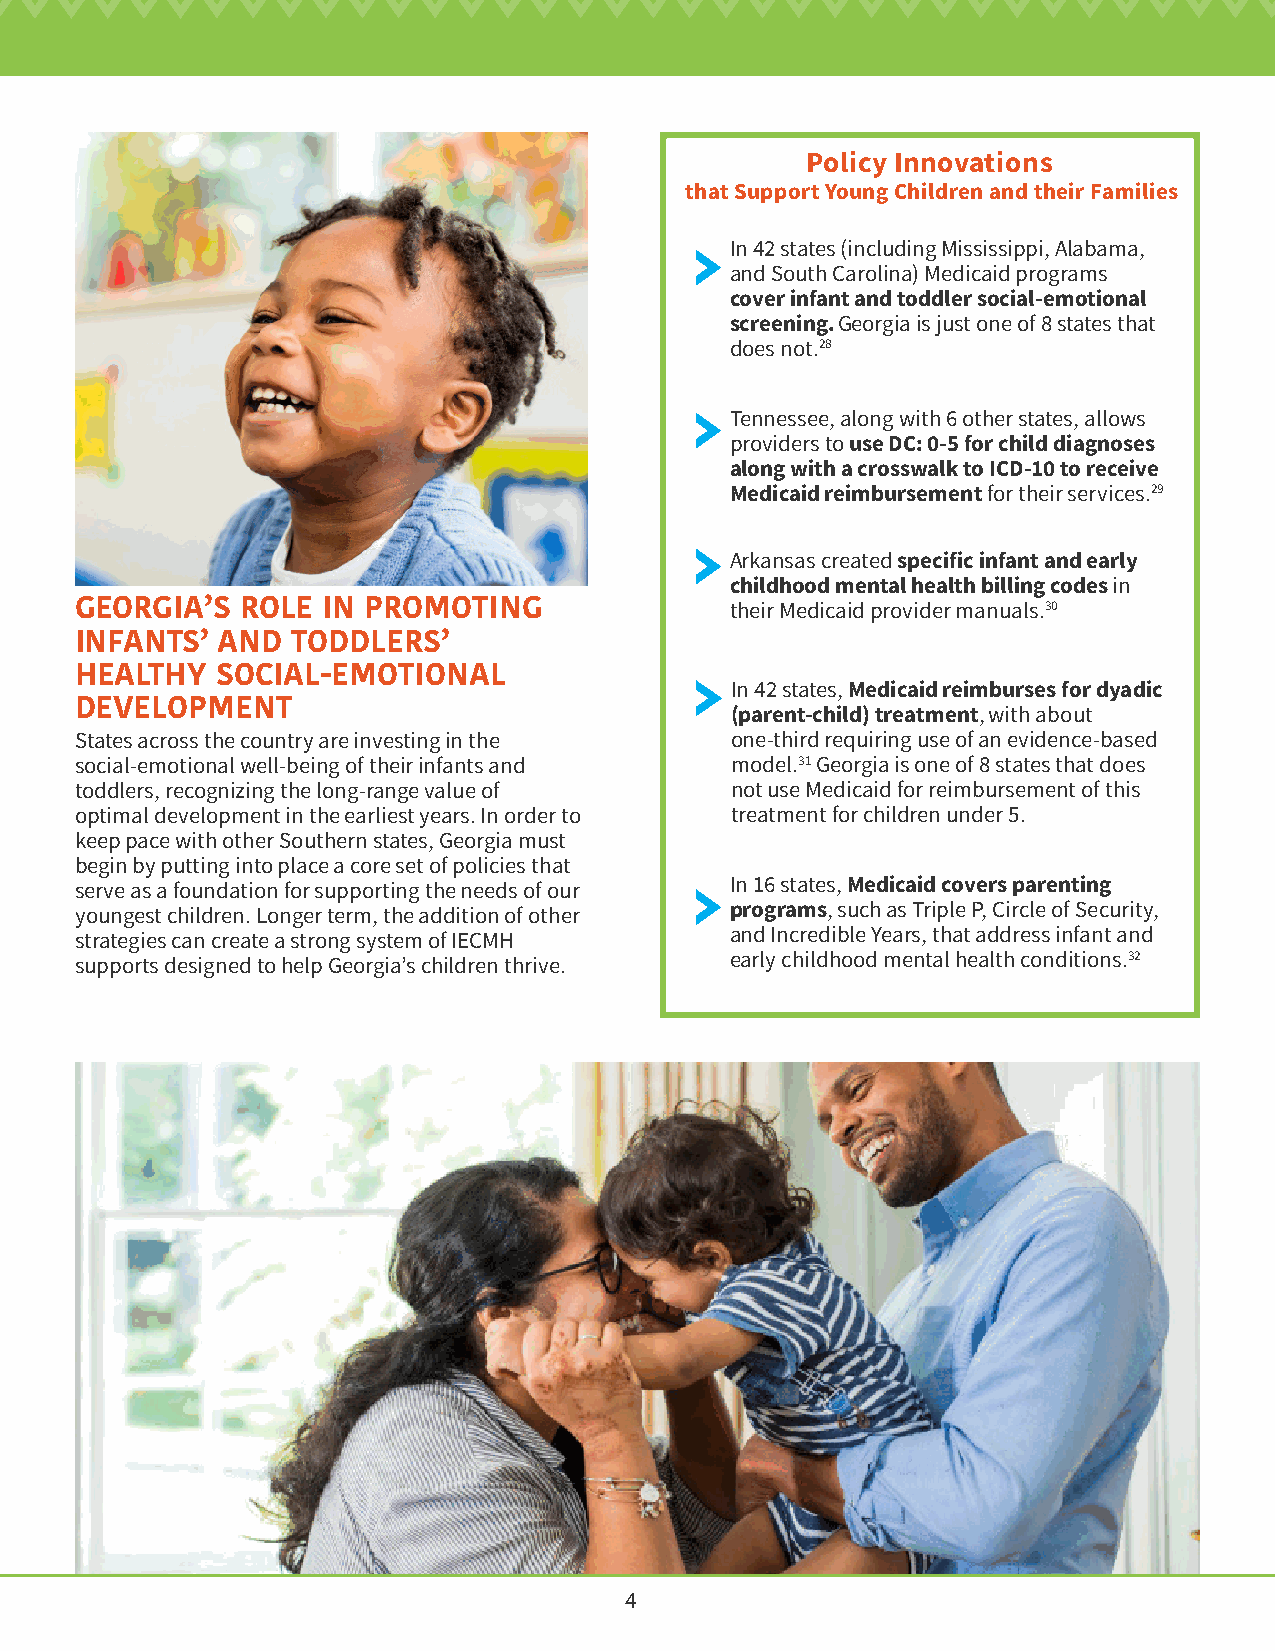
Policy Innovations
 that Support Young Children and their Families
 In 42 states (including Mississippi, Alabama,
 and South Carolina) Medicaid programs
 cover infant and toddler social-emotional
 screening. Georgia is just one of 8 states that
 does not.28
 Tennessee, along with 6 other states, allows
 providers to use DC: 0-5 for child diagnoses
 along with a crosswalk to ICD-10 to receive
 Medicaid reimbursement for their services.29
 Arkansas created specific infant and early
 childhood mental health billing codes in
 GEORGIA’S  ROLE IN PROMOTING               their Medicaid provider manuals.30
 INFANTS’ AND  TODDLERS’
 HEALTHY  SOCIAL-EMOTIONAL
 In 42 states, Medicaid reimburses for dyadic
 DEVELOPMENT                                (parent-child) treatment, with about
 States across the country are investing in the one-third requiring use of an evidence-based
 social-emotional well-being of their infants and model.31 Georgia is one of 8 states that does
 toddlers, recognizing the long-range value of not use Medicaid for reimbursement of this
 optimal development in the earliest years. In order to treatment for children under 5.
 keep pace with other Southern states, Georgia must
 begin by putting into place a core set of policies that
 serve as a foundation for supporting the needs of our In 16 states, Medicaid covers parenting
 youngest children. Longer term, the addition of other programs, such as Triple P, Circle of Security,
 strategies can create a strong system of IECMH and Incredible Years, that address infant and
 supports designed to help Georgia’s children thrive. early childhood mental health conditions.32
 4